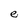
Character: e